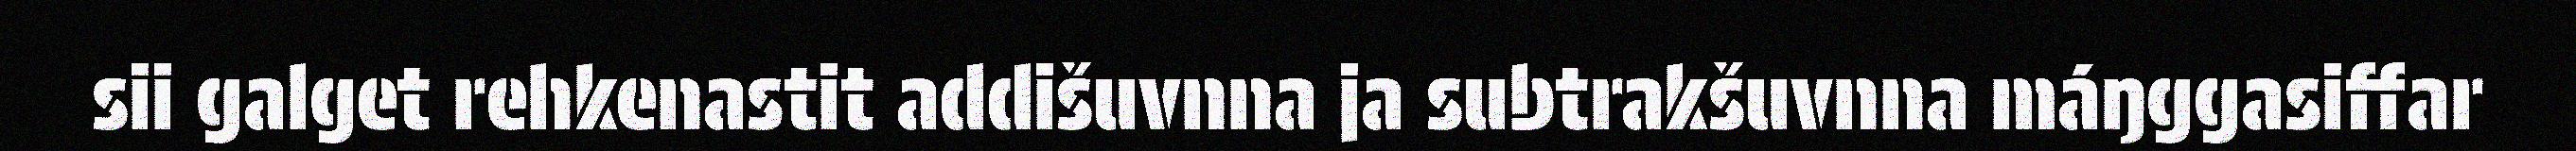
sii galget rehkenastit addišuvnna ja subtrakšuvnna máŋggasiffar